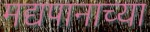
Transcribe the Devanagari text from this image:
मद्यपानाच्या